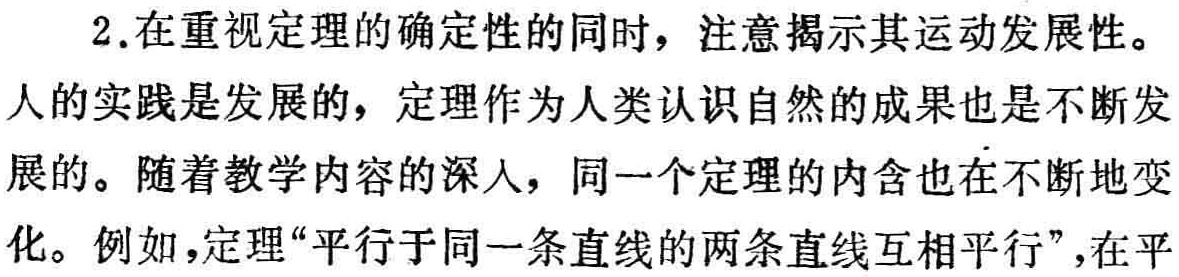
2.在重视定理的确定性的同时，注意揭示其运动发展性。
人的实践是发展的，定理作为人类认识自然的成果也是不断发展的。随着教学内容的深入，同一个定理的内含也在不断地变化。例如，定理“平行于同一条直线的两条直线互相平行”，在平